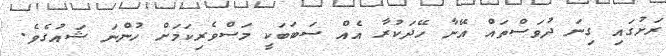
ރަށުގައި ގިނަ ދުވަސްތައް އޭނާ ހޭދަކުރާ އެއް ސަބަބަކީ މަސްވެރިކަމަށް ހުންނަ ޝައުގެވެ.